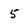
Character: 5